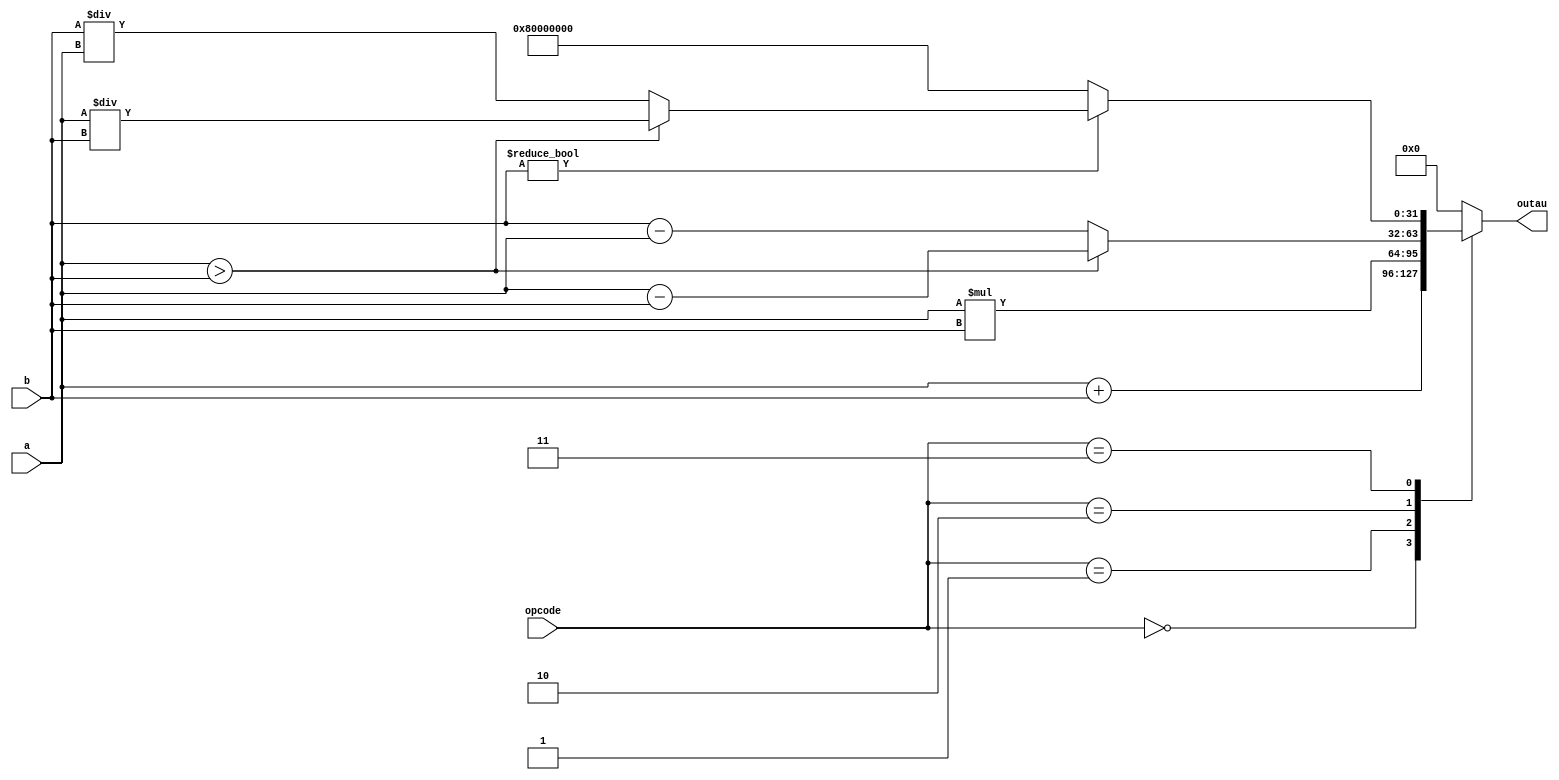
module arith(
    input [31:0] a,
    input [31:0] b,
    input [2:0] opcode,
    output reg [31:0] outau
);

// Operaciones aritmticas basadas en el opcode
always @(*) begin
    case (opcode)
        // Suma
        3'b000: outau = a + b;
        // Multiplicacin
        3'b001: outau = a * b;
        // Resta (con manejo de desbordamiento)
        3'b010: if (a > b) outau = a - b;
                else outau = b - a;
        // Divisin (con manejo de divisin por cero)
        3'b011: if (b != 0) begin
                    if (a > b) outau = a / b;
                    else outau = b / a;
                end
                else outau = 32'h80000000; // Valor de error para divisin por cero
        default: outau = 32'h00000000; // Valor predeterminado
    endcase
end

endmodule